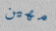
مهين